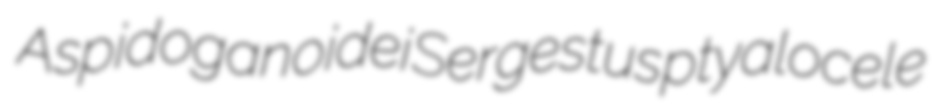
Aspidoganoidei Sergestus ptyalocele